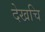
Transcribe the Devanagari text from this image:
देखचि